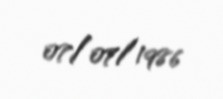
07/07/1986